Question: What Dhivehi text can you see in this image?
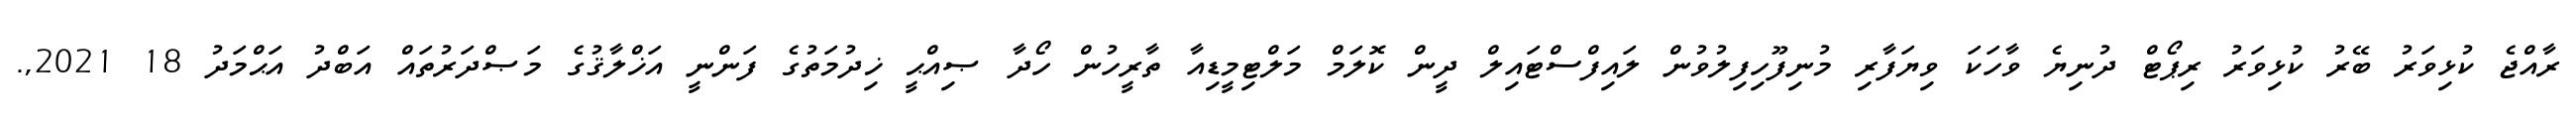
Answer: ރާއްޖެ ކުޅިވަރު ބޭރު ކުޅިވަރު ރިޕޯޓް ދުނިޔެ ވާހަކަ ވިޔަފާރި މުނިފޫހިފިލުވުން ލައިފްސްޓައިލް ދީން ކޮލަމް މަލްޓިމީޑިއާ ތާރީހުން ހޯދާ ޞިއްޙީ ޚިދުމަތުގެ ފަންނީ އަޚްލާޤުގެ މަޞްދަރުތައް އަބްދު އަޙްމަދު 18 2021,.